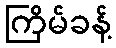
ကြိမ်ခန့်